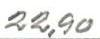
22,90